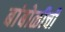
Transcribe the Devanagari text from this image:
बांबोळीची